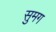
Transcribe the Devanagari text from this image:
सुमग